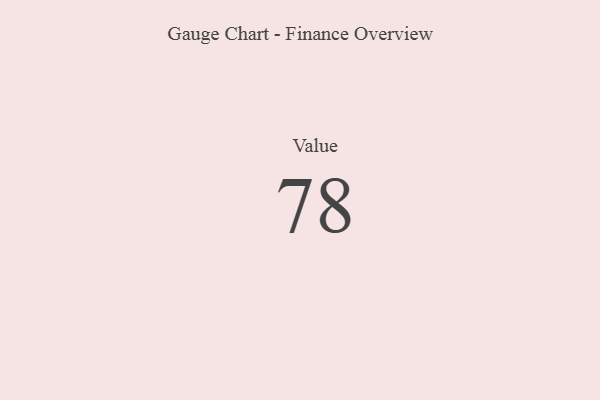
{"axis": {"x": "Metric", "y": "Value"}, "legend": [""], "data": [{"x": "Value", "y": 78, "type": ""}]}